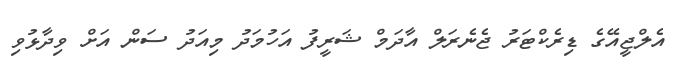
އެލްޖީއޭގެ ޑިރެކްޓަރު ޖެނެރަލް އާދަމް ޝަރީފު އަހުމަދު މިއަދު ސަން އަށް ވިދާޅުވި